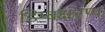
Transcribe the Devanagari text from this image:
डिम्बक्षरण